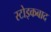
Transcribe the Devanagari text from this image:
स्टोइकबाद